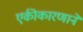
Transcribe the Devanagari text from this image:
एकीकारणाने